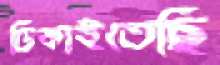
ঢিকাইতেছি